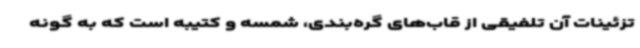
تزئینات آن تلفیقی از قاب‌های گره‌بندی، شمسه و کتیبه است که به گونه